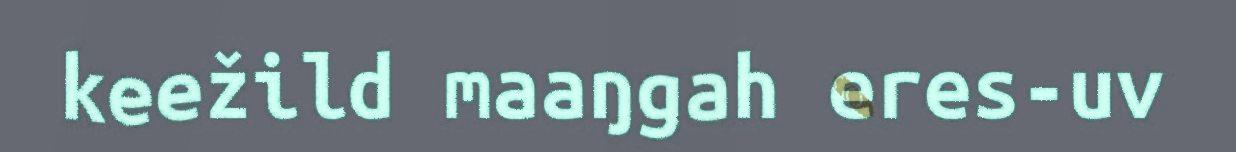
keežild maaŋgah eres-uv